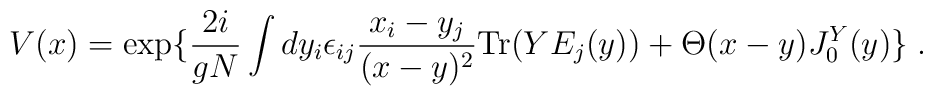
V(x)=\exp\{{2i\over gN}\int dy_i \epsilon_{ij}{x_i-y_j\over (x-y)^2}{\rm Tr}(YE_j(y))+ \Theta(x-y)J_0^Y(y)\} \;.